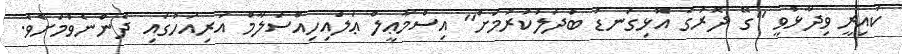
ކައިރީ ވިދާޅުވީ ''ގޭ ދޮރުގެ އޮޅިގަނޑު ބަދަލުކުރުމަށް'' އިސްމާޢީލް ޢަލައިހިއްސަލާމް އަރިއަހުގައި ދެންނެވުމަށެވެ.